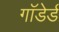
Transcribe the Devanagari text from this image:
गाॅडेर्ड